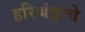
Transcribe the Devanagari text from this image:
हरिश्चंद्रांचे